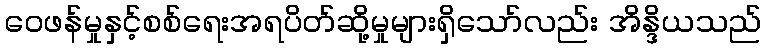
ဝေဖန်မှုနှင့်စစ်ရေးအရပိတ်ဆို့မှုများရှိသော်လည်း အိန္ဒိယသည်